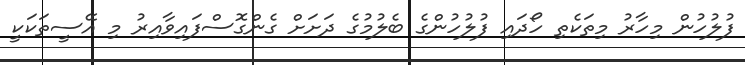
ފުލުހުން މިހާރު މިތަކެތި ހޯދައި ފުލުހުންގެ ބެލުމުގެ ދަށަށް ގެންގޮސްފައިވާއިރު މި އޭސީތަކަކީ